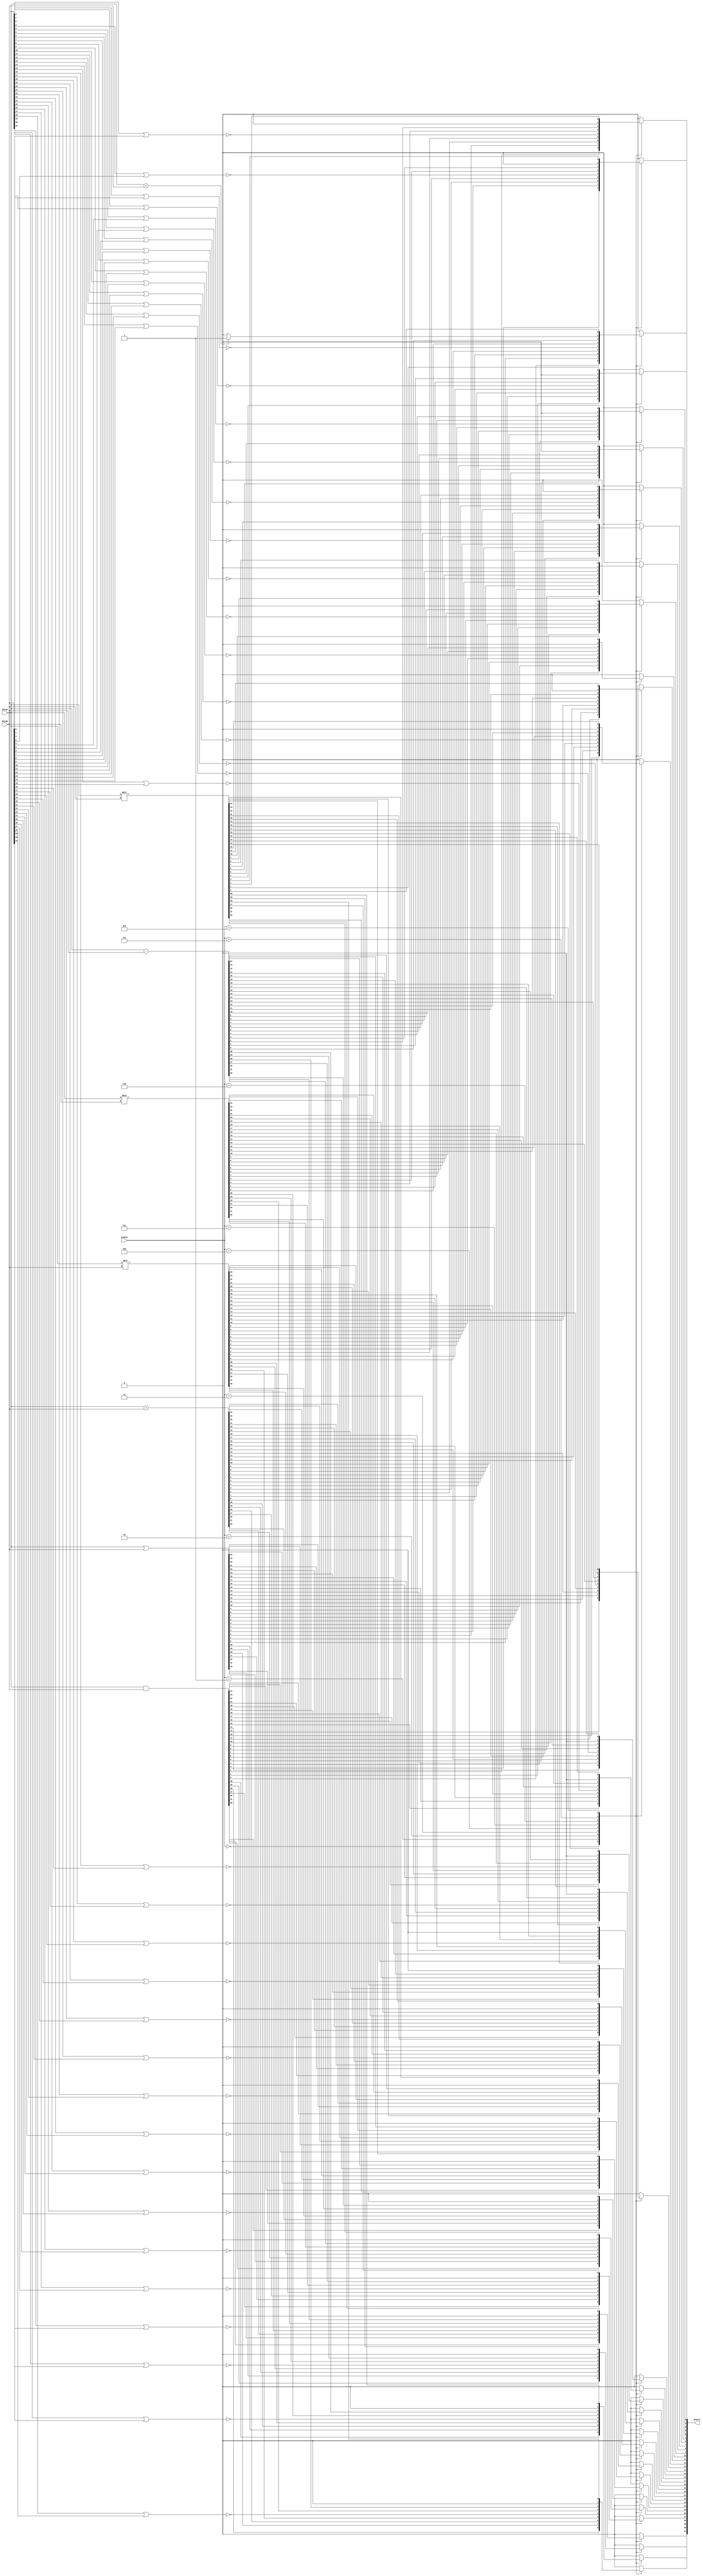
module ALU(ALUCon,DataA,DataB,Result);
    input [3:0] ALUCon;
    input [31:0] DataA,DataB;
    output [31:0] Result;
    reg [31:0] Result;
    reg Zero;
    initial begin
        Result = 32'd0;
end
    always@(ALUCon,DataA,DataB)
    begin
      case(ALUCon)
          4'b0000://and
             Result <= DataA&DataB;
          4'b0001://or
             Result <= DataA|DataB;
          4'b0010://add
              Result <= DataA+DataB;
          4'b0011://multiply
              Result <= DataA*DataB;
          4'b0100://nor
              begin
                 Result[0] <= !(DataA[0]|DataB[0]);
                 Result[1] <= !(DataA[1]|DataB[1]);
                 Result[2] <= !(DataA[2]|DataB[2]);
                 Result[3] <= !(DataA[3]|DataB[3]);
                 Result[4] <= !(DataA[4]|DataB[4]);
                 Result[5] <= !(DataA[5]|DataB[5]);
                 Result[6] <= !(DataA[6]|DataB[6]);
                 Result[7] <= !(DataA[7]|DataB[7]);
                 Result[8] <= !(DataA[8]|DataB[8]);
                 Result[9] <= !(DataA[9]|DataB[9]);
                 Result[10] <= !(DataA[10]|DataB[10]);
                 Result[11] <= !(DataA[11]|DataB[11]);
                 Result[12] <= !(DataA[12]|DataB[12]);
                 Result[13] <= !(DataA[13]|DataB[13]);
                 Result[14] <= !(DataA[14]|DataB[14]);
                 Result[15] <= !(DataA[15]|DataB[15]);
                 Result[16] <= !(DataA[16]|DataB[16]);
                 Result[17] <= !(DataA[17]|DataB[17]);
                 Result[18] <= !(DataA[18]|DataB[18]);
                 Result[19] <= !(DataA[19]|DataB[19]);
                 Result[20] <= !(DataA[20]|DataB[20]);
                 Result[21] <= !(DataA[21]|DataB[21]);
                 Result[22] <= !(DataA[22]|DataB[22]);
                 Result[23] <= !(DataA[23]|DataB[23]);
                 Result[24] <= !(DataA[24]|DataB[24]);
                 Result[25] <= !(DataA[25]|DataB[25]);
                 Result[26] <= !(DataA[26]|DataB[26]);
                 Result[27] <= !(DataA[27]|DataB[27]);
                 Result[28] <= !(DataA[28]|DataB[28]);
                 Result[29] <= !(DataA[29]|DataB[29]);
                 Result[30] <= !(DataA[30]|DataB[30]);
                 Result[31] <= !(DataA[31]|DataB[31]);
end
          4'b0101://divide
             Result <= DataA/DataB;
          4'b0110://sub
             Result <= DataA-DataB;
          4'b0111://slt
             Result = DataA<DataB ? 1:0;
          4'b1000://sll
             Result <= (DataA<<DataB);
          4'b0110://srl
             Result <= (DataA>>DataB);
          default: //error
          begin
              $display("ALUERROR");
              Result = 0;
          end
endcase end
endmodule